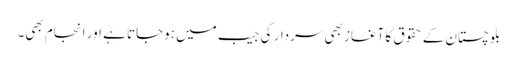
بلوچستان کے حقوق کا آغاز بھی سردار کی جیب میں ہوجاتا ہے اور انجام بھی۔